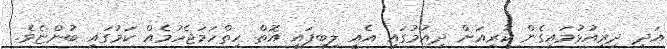
އަދި ދިރިއުޅުމައިގެން ކުރިއަށް ދިއުމުގައި އެއީ ލިބިފައި އޮތް ހިތްހަމަޖެހުމެއް ކަމުގައި ބުންޏެވެ.